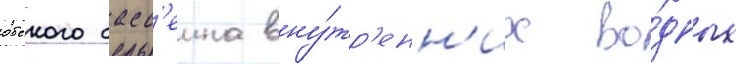
обского басс'еина вну́тр'енн'их во́дных